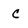
Character: C